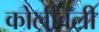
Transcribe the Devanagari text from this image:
कोलीवली